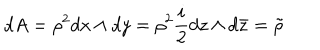
d A = \rho ^ { 2 } d x \wedge d y = \rho ^ { 2 } \frac { i } { 2 } d z \wedge d \bar { z } = \tilde { \rho }